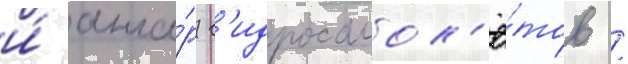
и́ анга́р г'идросамол'ё́тов /